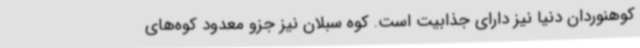
کوهنوردان دنیا نیز دارای جذابیت است. کوه سبلان نیز جزو معدود کوه‌های